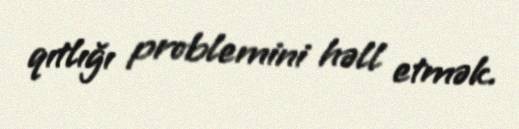
qıtlığı problemini həll etmək.